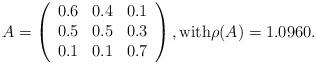
LaTeX: \begin{align*}A = \left( \begin{array}{ccc}0.6 & 0.4 & 0.1 \\ 0.5 & 0.5 & 0.3 \\ 0.1 & 0.1 & 0.7\end{array}\right), \mbox{with} \rho(A)=1.0960.\end{align*}